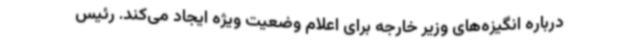
درباره انگیزه‌های وزیر خارجه برای اعلام وضعیت ویژه ایجاد می‌کند. رئیس